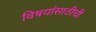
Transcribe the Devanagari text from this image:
विषयांसाठीची